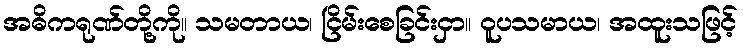
အဓိကရုဏ်တို့ကို။ သမတာယ၊ ငြိမ်းစေခြင်းငှာ။ ဝူပသမာယ၊ အထူးသဖြင့်